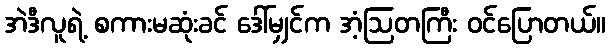
အဲဒီလူရဲ့ စကားမဆုံးခင် ဒေါ်မျှင်က အံ့ဩတကြီး ဝင်ပြောတယ်။